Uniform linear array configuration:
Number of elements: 32
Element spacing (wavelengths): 0.75
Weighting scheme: binomial
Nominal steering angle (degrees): -45
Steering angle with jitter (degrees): -45.436
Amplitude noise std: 0.05
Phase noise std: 0.05

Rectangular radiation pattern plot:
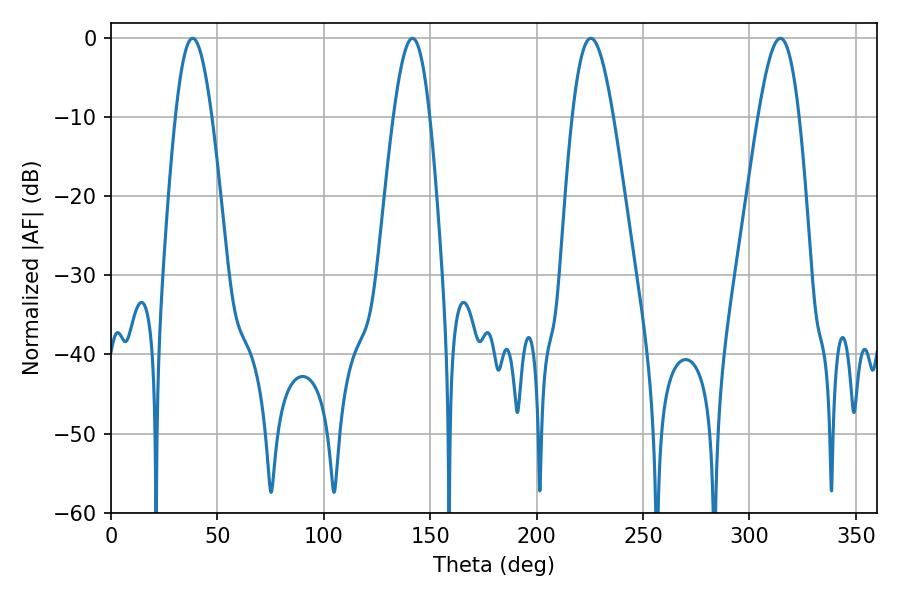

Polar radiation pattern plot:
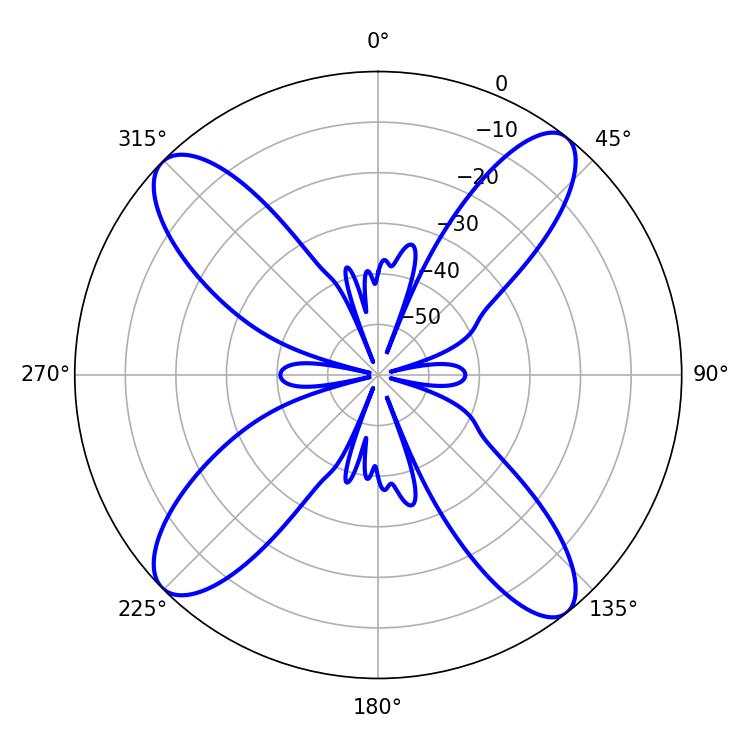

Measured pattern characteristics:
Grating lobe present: TRUE
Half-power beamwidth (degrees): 9.18
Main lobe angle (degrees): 38.34